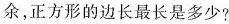
余，正方形的边长最长是多少?